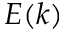
E ( k )